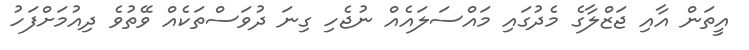
އީތަން އާއި ޖަޒްލާގެ މެދުގައި މައްސަލައެއް ނުޖެހި ގިނަ ދުވަސްތަކެއް ވޭތުވެ ދިއުމަށްފަހު